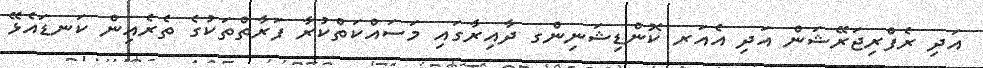
އަދި ރެފްރިޖަރޭޝަން އަދި އެއަރ ކޮންޑިޝަނިންގ ދާއިރާގައި މަސައްކަތްކުރާ ފަރާތްތަކުގެ ތެރެއިން ކަނޑައެޅޭ